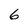
Character: 6